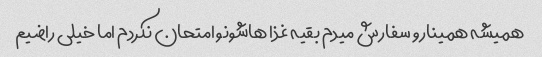
همیشه همینارو سفارش میدم بقیه غذا هاشونو امتحان نکردم اما خیلی راضیم